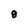
Character: 8